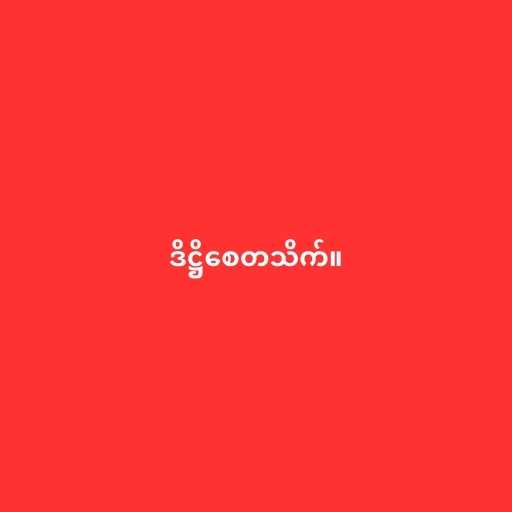
ဒိဋ္ဌိစေတသိက်။